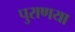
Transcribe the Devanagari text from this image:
पुराणया